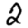
Digit: 2